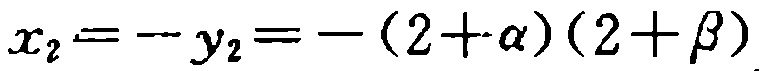
\(x_{2}=-y_{2}=-(2 + \alpha)(2+\beta)\)